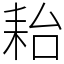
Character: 耛